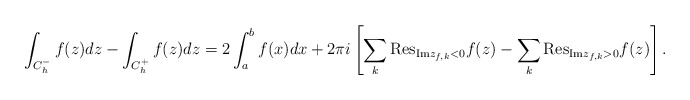
\begin{align*}\int_{C_h^-}{f(z)dz}-\int_{C_h^+}{f(z)dz}=2\int_{a}^{b}{f(x)dx}+2\pi i\left[ \sum_{k}{\mathrm{Res}}_{{\mathrm{Im}}z_{f,k}<0}f(z)-\sum_{k}{\mathrm{Res}}_{{\mathrm{Im}}z_{f,k}>0}f(z)\right] .\end{align*}